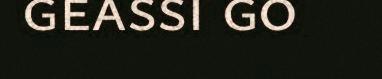
geassi go